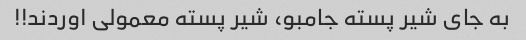
به جای شیر پسته جامبو، شیر پسته معمولی اوردند!!